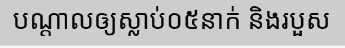
បណ្តាលឲ្យស្លាប់០៥នាក់ និងរបួស